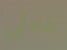
طفلي